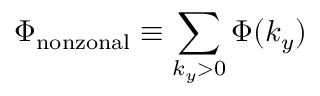
\Phi _ { \mathrm { n o n z o n a l } } \equiv \sum _ { k _ { y } > 0 } \Phi ( k _ { y } )